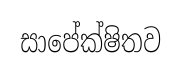
සාපේක්ෂිතව